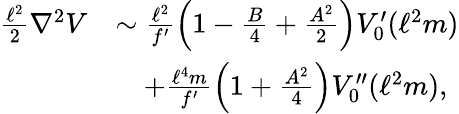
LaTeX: \begin{array}{rl}{\frac{\ell^{2}}{2}\nabla^{2}V}&{\sim\frac{\ell^{2}}{f^{\prime}}\left(1-\frac{B}{4}+\frac{A^{2}}{2}\right)V_{0}^{\prime}(\ell^{2}m)}\\ &{\quad+\frac{\ell^{4}m}{f^{\prime}}\left(1+\frac{A^{2}}{4}\right)V_{0}^{\prime\prime}(\ell^{2}m),}\end{array}